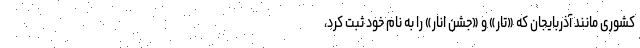
کشوری مانند آذربایجان که «تار» و «جشنِ انار» را به نام خود ثبت کرد،